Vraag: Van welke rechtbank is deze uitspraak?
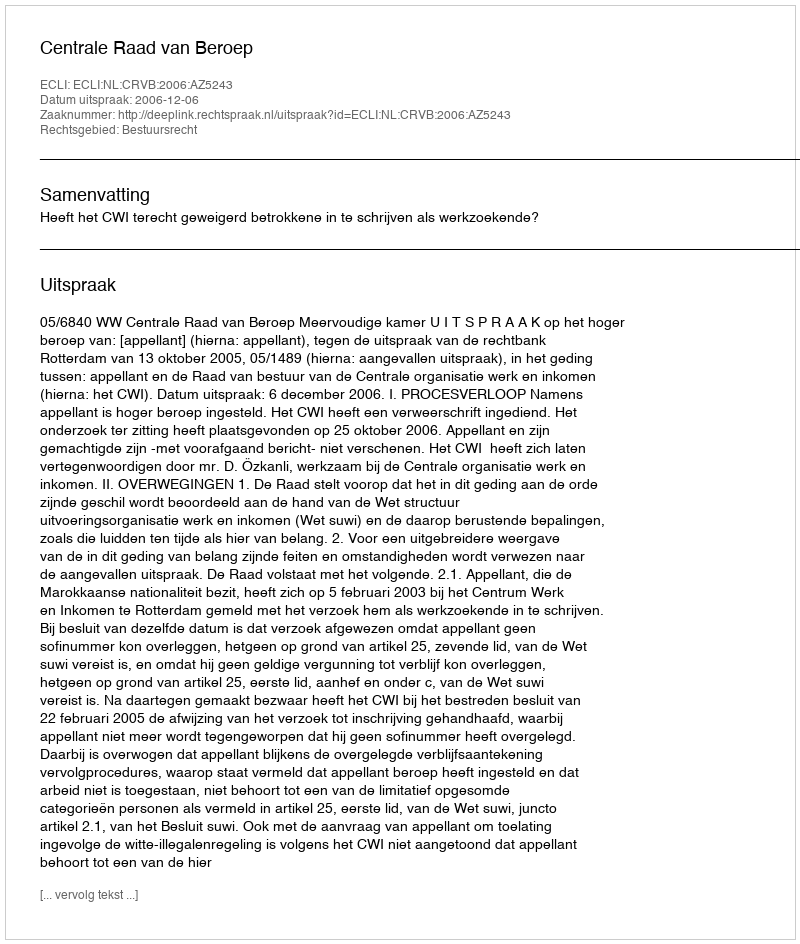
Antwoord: Centrale Raad van Beroep